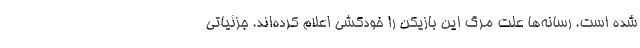
شده است. رسانه‌ها علت مرگ این بازیکن را خودکشی اعلام کرده‌اند. جزئیاتی